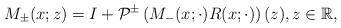
LaTeX: \begin{align*}M_{\pm}(x;z)=I+\mathcal{P}^{\pm}\left(M_{-}(x; \cdot) R(x ;\cdot)\right)(z), z \in \mathbb{R},\end{align*}